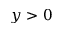
y > 0